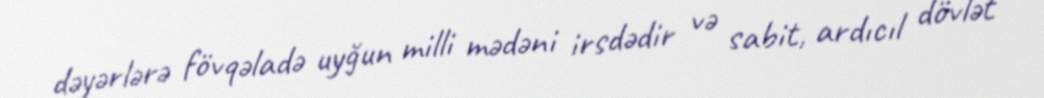
dəyərlərə fövqəladə uyğun milli mədəni irsdədir və sabit, ardıcıl dövlət